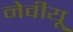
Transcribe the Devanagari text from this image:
नेवीयू